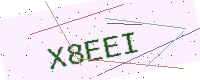
Text: X8EEI